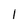
Character: l